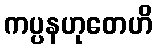
ကပ္ပနဟုတေဟိ